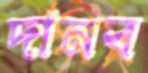
দানব